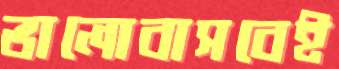
ভালোবাসবেই